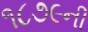
૧૮૭૯ની